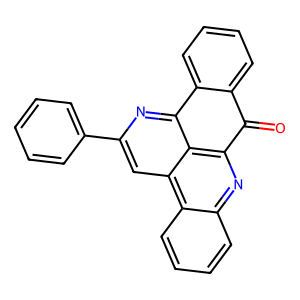
SMILES: O=C1c2ccccc2-c2nc(-c3ccccc3)cc3c2c1nc1ccccc13
Inhibits HIV replication: No